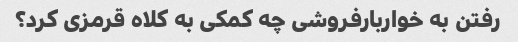
رفتن به خواربارفروشی چه کمکی به کلاه قرمزی کرد؟